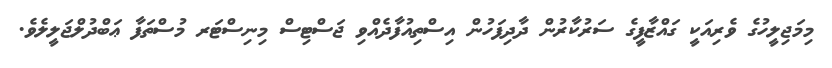
މިމަޖިލީހުގެ ވެރިއަކީ ގައްޒާފީގެ ސަރުކާރުން ދާދިފަހުން އިސްތިއުފާދެއްވި ޖަސްޓިސް މިނިސްޓަރ މުސްތަފާ ޢަބްދުލްޖަލީލެވެ.